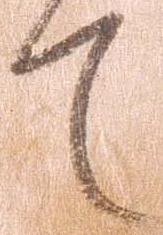
て